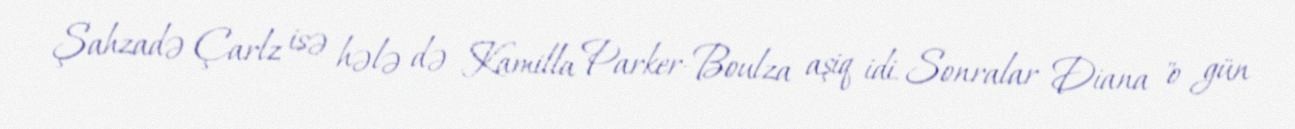
Şahzadə Çarlz isə hələ də Kamilla Parker-Boulza aşiq idi. Sonralar Diana "o gün